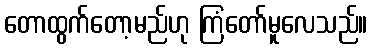
တောထွက်တော့မည်ဟု ကြံတော်မူလေသည်။